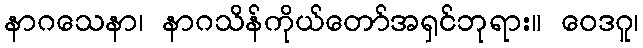
နာဂသေနာ၊ နာဂသိန်ကိုယ်တော်အရှင်ဘုရား။ ဝေဒဂူ၊